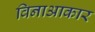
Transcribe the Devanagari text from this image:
विनाआकार